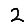
Digit: 2